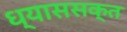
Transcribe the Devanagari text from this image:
ध्याससक्त